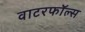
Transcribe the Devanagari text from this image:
वाटरफॉल्स